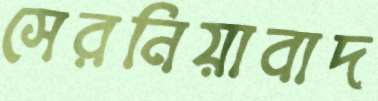
সেরনিয়াবাদ